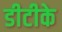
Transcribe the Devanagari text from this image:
डीटीके